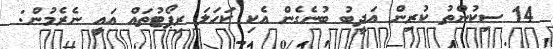
14 ސިކުންތު ކުރިން އަދީބު ބުނެގެން އެކި ކަހަލަ ރިޕޯޓުތައް އައީ ނެރެމުން: